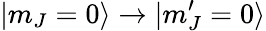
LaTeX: |m_{J}=0\rangle\to|m_{J}^{\prime}=0\rangle